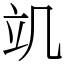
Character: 竌